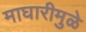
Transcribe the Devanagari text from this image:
माघारीमुळे